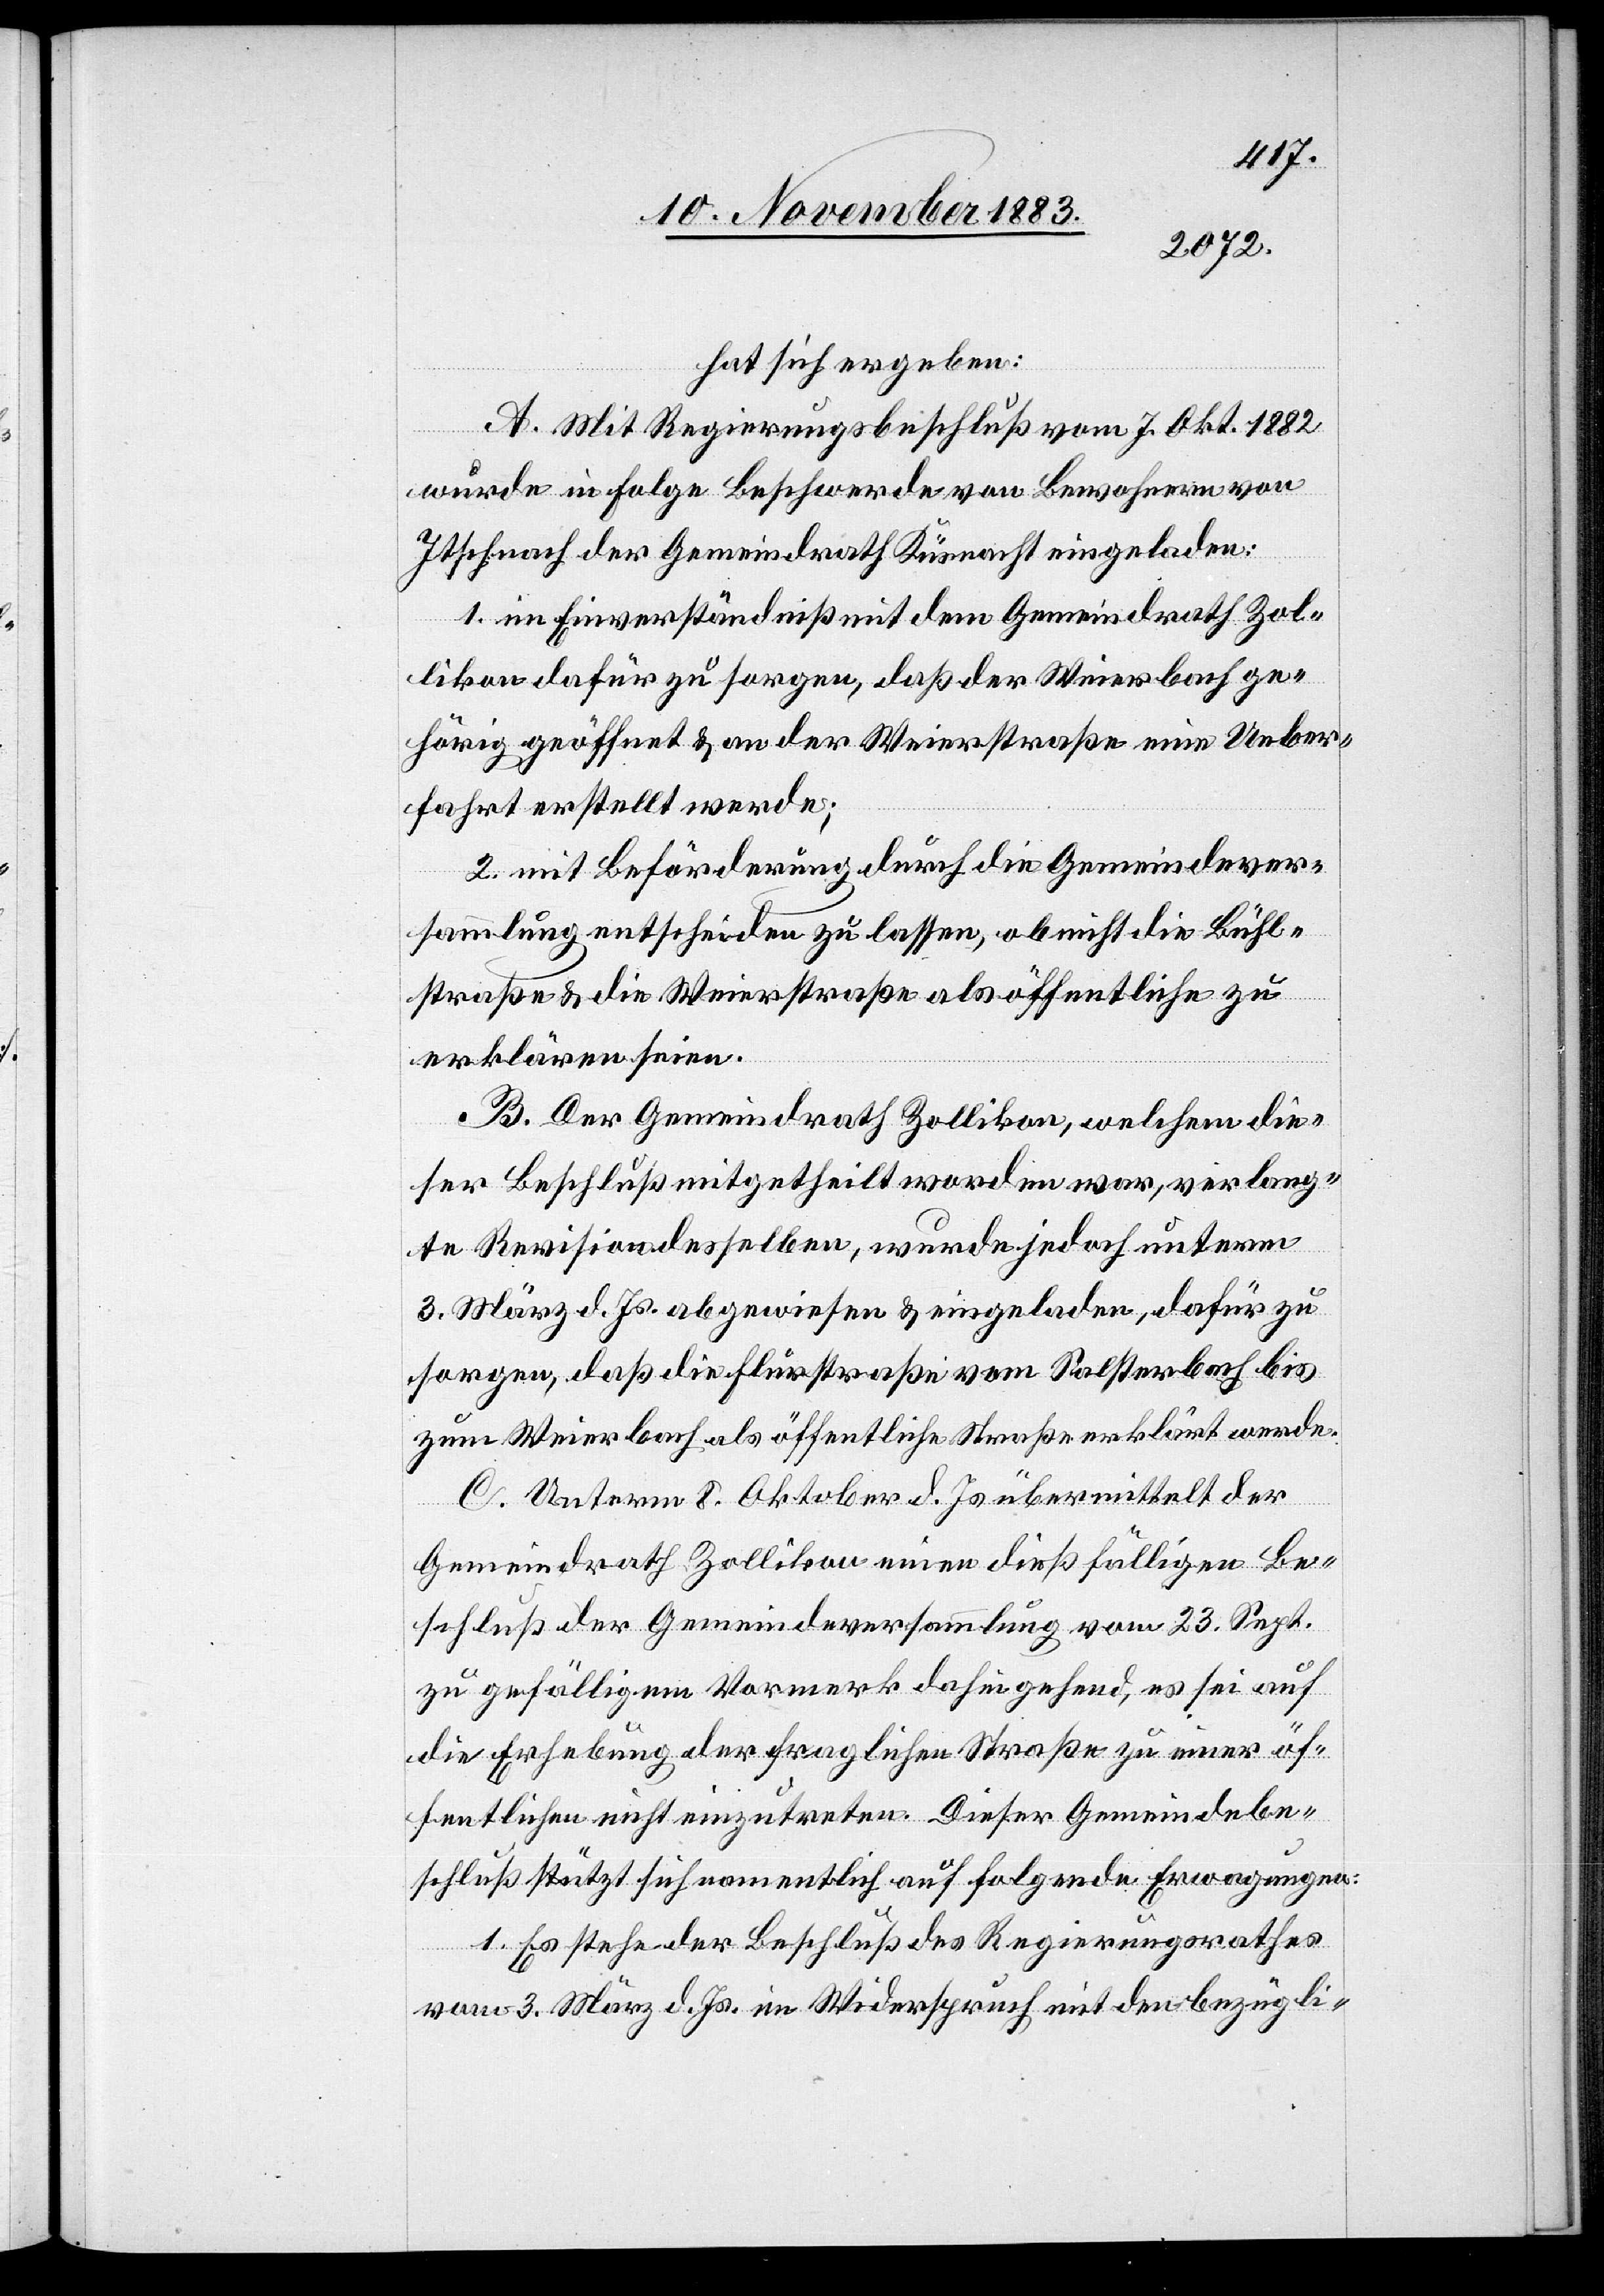
hat sich ergeben:
A. Mit Regierungsbeschluß vom 7. Okt. 1882
wurde in Folge Beschwerde von Bewohnern von
Itschnach der Gemeindrath Küsnacht eingeladen:
1. im Einverständniß mit dem Gemeindrath Zol¬
likon dafür zu sorgen, daß der Weierbach ge¬
hörig geöffnet & an der Weierstraße eine Ueber¬
fahrt erstellt werde;
2. mit Beförderung durch die Gemeindever¬
sammlung entscheiden zu lassen, ob nicht die Bühl¬
straße & die Weierstraße als öffentliche zu
erklären seien.
B. Der Gemeindrath Zollikon, welchem die¬
ser Beschluß mitgetheilt worden war, verlang¬
te Revision desselben, wurde jedoch unterm
3. März d. Js. abgewiesen & eingeladen, dafür zu
sorgen, daß die Flurstraße vom Salsterbach bis
zum Weierbach als öffentliche Straße erklärt werde.
C. Unterm 8. Oktober d. Js. übermittelt der
Gemeindrath Zollikon einen dießfälligen Be¬
schluß der Gemeindeversammlung vom 23. Sept.
zu gefälligem Vormerk dahingehend, es sei auf
die Erhebung der fraglichen Straße zu einer öf¬
fentlichen nicht einzutreten. Dieser Gemeindebe¬
schluß stützt sich namentlich auf folgende Erwägungen:
1. Es stehe der Beschluß des Regierungsrathes
vom 3. März d. Js. im Widerspruch mit den bezügli-